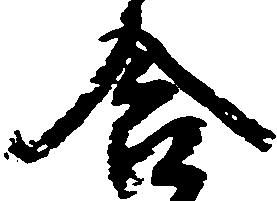
含